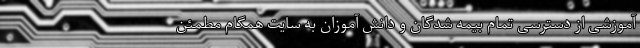
آموزشی از دسترسی تمام بیمه شدگان و دانش آموزان به سایت همگام مطمئن